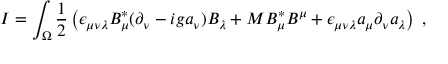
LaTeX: I = \int _ { \Omega } \frac { 1 } { 2 } \left( \epsilon _ { \mu \nu \lambda } B _ { \mu } ^ { * } ( \partial _ { \nu } - i g a _ { \nu } ) B _ { \lambda } + M B _ { \mu } ^ { * } B ^ { \mu } + \epsilon _ { \mu \nu \lambda } a _ { \mu } \partial _ { \nu } a _ { \lambda } \right) \; ,